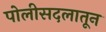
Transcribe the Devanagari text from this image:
पोलीसदलातून